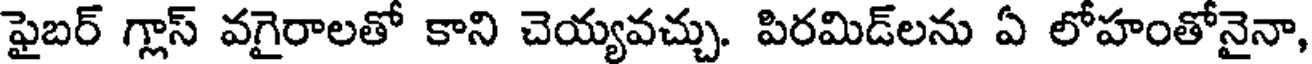
ఫైబర్ గ్లాస్ వగైరాలతో కాని చెయ్యవచ్చు. పిరమిడ్లను ఏ లోహంతోనైనా,